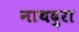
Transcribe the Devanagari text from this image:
नाथदुरा